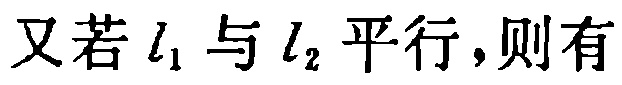
又若 \(l_1\) 与 \(l_2\) 平行,则有